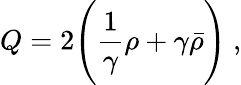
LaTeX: Q=2\Biggl(\frac{1}{\gamma}\rho+\gamma\bar{\rho}\Biggr)~,